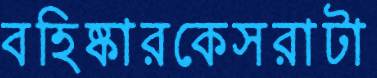
বহিষ্কারকেসরাটা